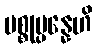
ပစ္စုပ္ပန္နေဟိ